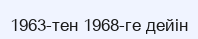
1963-тен 1968-ге дейін